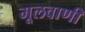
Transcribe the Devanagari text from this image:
मूलवाणी